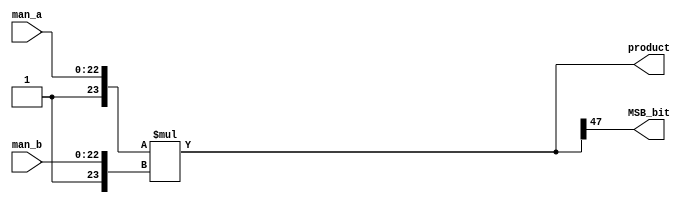
//-----------------------------------------------------------------------------
//
// Title       : Multiplier_24bit
// Design      : IEEE754 Floating point Multiplication
// Company     : HP Inc.
//
//-----------------------------------------------------------------------------
//
// Generated   : Thu Jun  8 10:47:03 2023
// From        : interface description file
// By          : Itf2Vhdl ver. 1.22
//
//-----------------------------------------------------------------------------
//
// Description : 
//
//-----------------------------------------------------------------------------
`timescale 1 ns / 1 ps

//{{ Section below this comment is automatically maintained
//   and may be overwritten
//{module {Multiplier_24bit}}
module Multiplier_24bit (
  input wire [22:0] man_a,
  input wire [22:0] man_b,
  output wire [47:0] product,
  output wire MSB_bit
);

	// Add hidden bit to MSB and mltiply
assign product = {1'b1,man_a} * {1'b1,man_b};
assign MSB_bit = product[47];

endmodule